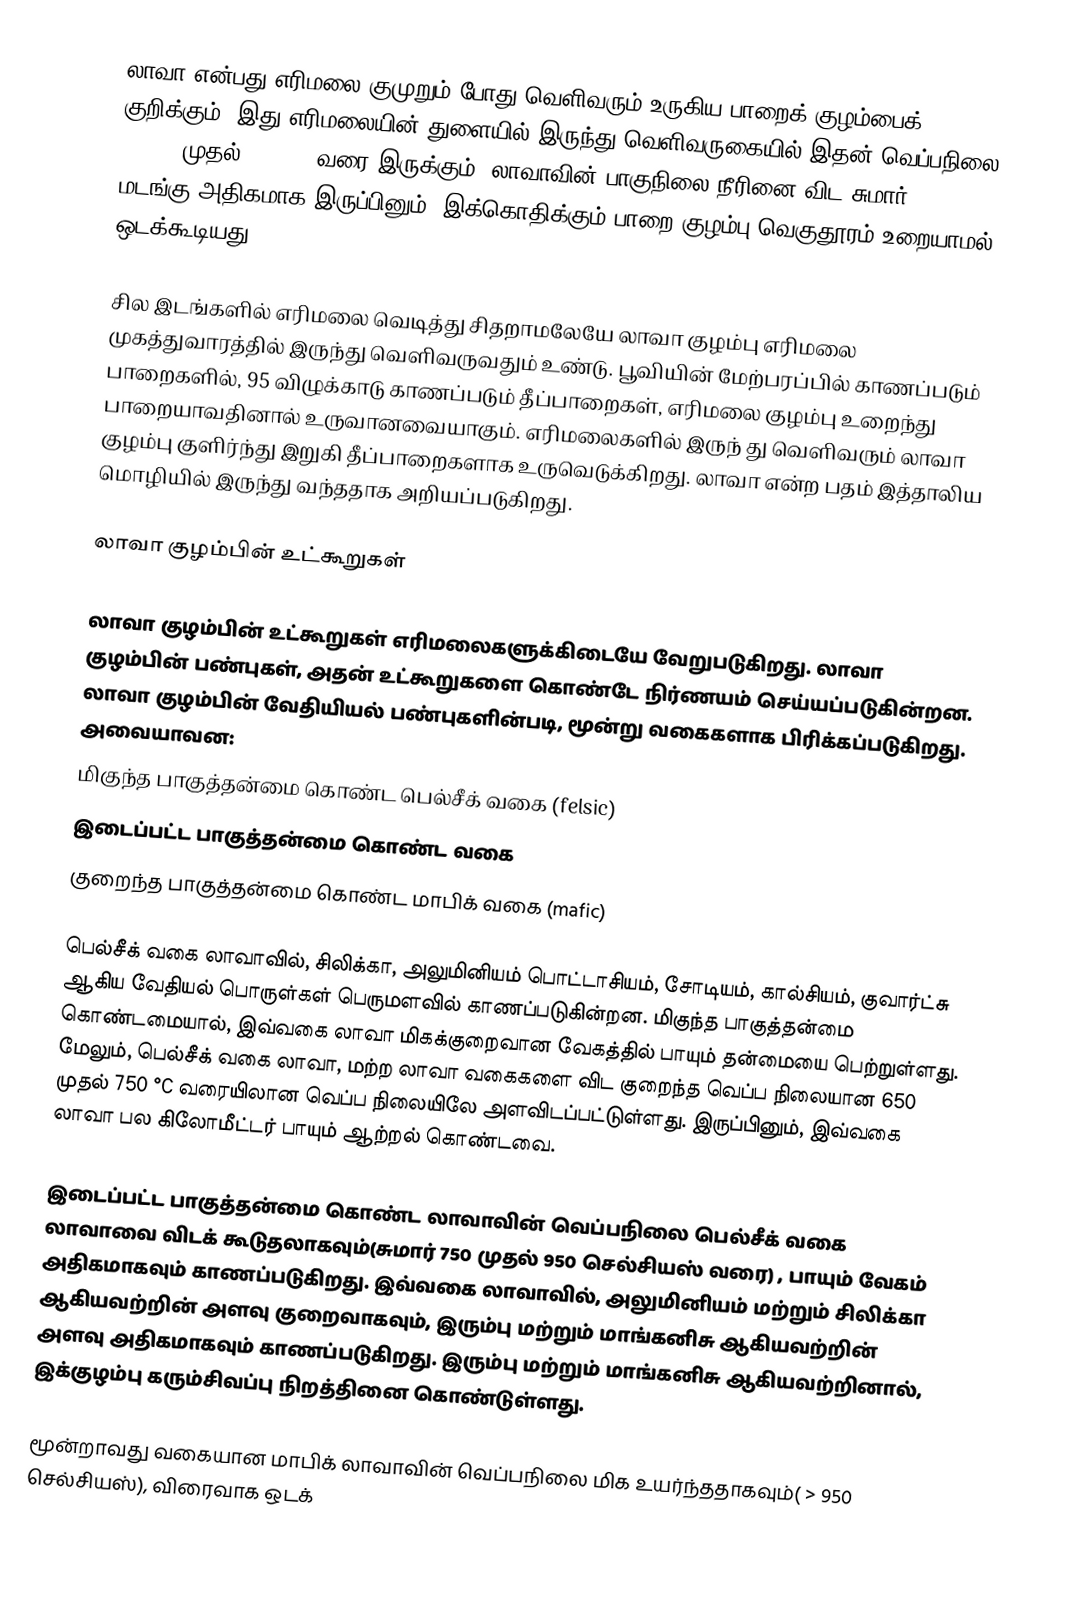
லாவா என்பது எரிமலை குமுறும் போது வெளிவரும் உருகிய பாறைக் குழம்பைக் குறிக்கும். இது எரிமலையின் துளையில் இருந்து வெளிவருகையில் இதன் வெப்பநிலை 700 °C முதல் 1200 °C வரை இருக்கும். லாவாவின் பாகுநிலை நீரினை விட சுமார் 100,000 மடங்கு அதிகமாக இருப்பினும், இக்கொதிக்கும் பாறை குழம்பு வெகுதூரம் உறையாமல் ஒடக்கூடியது.

சில இடங்களில் எரிமலை வெடித்து சிதறாமலேயே லாவா குழம்பு எரிமலை முகத்துவாரத்தில் இருந்து வெளிவருவதும் உண்டு. பூவியின் மேற்பரப்பில் காணப்படும் பாறைகளில், 95 விழுக்காடு காணப்படும் தீப்பாறைகள், எரிமலை குழம்பு உறைந்து பாறையாவதினால் உருவானவையாகும். எரிமலைகளில் இருந் து வெளிவரும் லாவா குழம்பு குளிர்ந்து இறுகி தீப்பாறைகளாக உருவெடுக்கிறது. லாவா என்ற பதம் இத்தாலிய மொழியில் இருந்து வந்ததாக அறியப்படுகிறது.

லாவா குழம்பின் உட்கூறுகள்

லாவா குழம்பின் உட்கூறுகள் எரிமலைகளுக்கிடையே வேறுபடுகிறது. லாவா குழம்பின் பண்புகள், அதன் உட்கூறுகளை கொண்டே நிர்ணயம் செய்யப்படுகின்றன. லாவா குழம்பின் வேதியியல் பண்புகளின்படி, மூன்று வகைகளாக பிரிக்கப்படுகிறது. அவையாவன:
 மிகுந்த பாகுத்தன்மை கொண்ட பெல்சீக் வகை (felsic)
 இடைப்பட்ட பாகுத்தன்மை கொண்ட வகை
 குறைந்த பாகுத்தன்மை கொண்ட மாபிக் வகை (mafic)

பெல்சீக் வகை லாவாவில், சிலிக்கா, அலுமினியம் பொட்டாசியம், சோடியம், கால்சியம், குவார்ட்சு ஆகிய வேதியல் பொருள்கள் பெருமளவில் காணப்படுகின்றன. மிகுந்த பாகுத்தன்மை கொண்டமையால், இவ்வகை லாவா மிகக்குறைவான வேகத்தில் பாயும் தன்மையை பெற்றுள்ளது. மேலும், பெல்சீக் வகை லாவா, மற்ற லாவா வகைகளை விட குறைந்த வெப்ப நிலையான 650 முதல் 750 °C வரையிலான வெப்ப நிலையிலே அளவிடப்பட்டுள்ளது. இருப்பினும், இவ்வகை லாவா பல கிலோமீட்டர் பாயும் ஆற்றல் கொண்டவை.

இடைப்பட்ட பாகுத்தன்மை கொண்ட லாவாவின் வெப்பநிலை பெல்சீக் வகை லாவாவை விடக் கூடுதலாகவும்(சுமார் 750 முதல் 950 செல்சியஸ் வரை) , பாயும் வேகம் அதிகமாகவும் காணப்படுகிறது. இவ்வகை லாவாவில், அலுமினியம் மற்றும் சிலிக்கா ஆகியவற்றின் அளவு குறைவாகவும், இரும்பு மற்றும் மாங்கனிசு ஆகியவற்றின் அளவு அதிகமாகவும் காணப்படுகிறது. இரும்பு மற்றும் மாங்கனிசு ஆகியவற்றினால், இக்குழம்பு கரும்சிவப்பு நிறத்தினை கொண்டுள்ளது.

மூன்றாவது வகையான மாபிக் லாவாவின் வெப்பநிலை மிக உயர்ந்ததாகவும்( > 950 செல்சியஸ்), விரைவாக ஒடக்